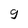
Character: 9